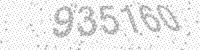
Solution: 935160